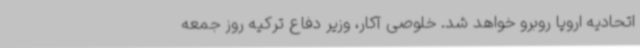
اتحادیه اروپا روبرو خواهد شد. خلوصی آکار، وزیر دفاع ترکیه روز جمعه